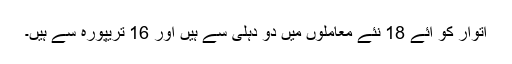
اتوار کو آئے 18 نئے معاملوں میں دو دہلی سے ہیں اور 16 تریپورہ سے ہیں۔